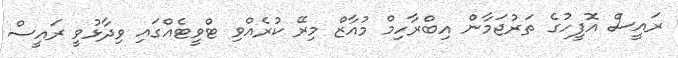
ރައީސް އޮފީހުގެ ތަރުޖަމާން އިބްރާހިމް މުއާޒް މިރޭ ކުރެއްވި ޓްވީޓެއްގައި ވިދާޅުވީ ރައީސް